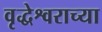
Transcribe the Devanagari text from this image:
वृद्धेश्वराच्या